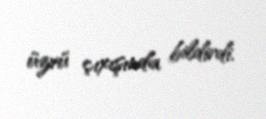
üzvü çıxışında bildirdi.